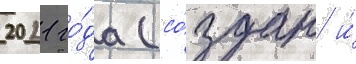
2021 го́да (со́здан и́